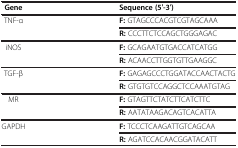
<table><thead><tr><td><b>Gene</b></td><td><b>Sequence (5′-3′)</b></td></tr></thead><tbody><tr><td rowspan="2">TNF-α</td><td><b>F:</b> GTAGCCCACGTCGTAGCAAA</td></tr><tr><td><b>R:</b> CCCTTCTCCAGCTGGGAGAC</td></tr><tr><td rowspan="2">iNOS</td><td><b>F:</b> GCAGAATGTGACCATCATGG</td></tr><tr><td><b>R:</b> ACAACCTTGGTGTTGAAGGC</td></tr><tr><td rowspan="2">TGF-β</td><td><b>F:</b> GAGAGCCCTGGATACCAACTACTG</td></tr><tr><td><b>R:</b> GTGTGTCCAGGCTCCAAATGTAG</td></tr><tr><td rowspan="2">MR</td><td><b>F:</b> GTAGTTCTATCTTCATCTTC</td></tr><tr><td><b>R:</b> AATATAAGACAGTCACATTA</td></tr><tr><td rowspan="2">GAPDH</td><td><b>F:</b> TCCCTCAAGATTGTCAGCAA</td></tr><tr><td><b>R:</b> AGATCCACAACGGATACATT</td></tr></tbody></table>